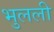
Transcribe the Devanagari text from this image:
भुलली